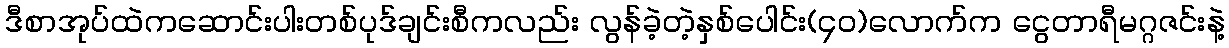
ဒီစာအုပ်ထဲကဆောင်းပါးတစ်ပုဒ်ချင်းစီကလည်း လွန်ခဲ့တဲ့နှစ်ပေါင်း(၄၀)လောက်က ငွေတာရီမဂ္ဂဇင်းနဲ့